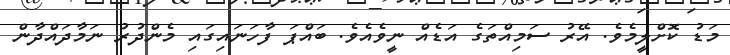
މަޑު ކޮށްލީމެވެ. އޭރު ސަމިއްތަގެ އަޑެއް ނީވެއެވެ. ބައްޕަ ފާހަނައިގައި މެންދުރު ނަމާދައްދާން